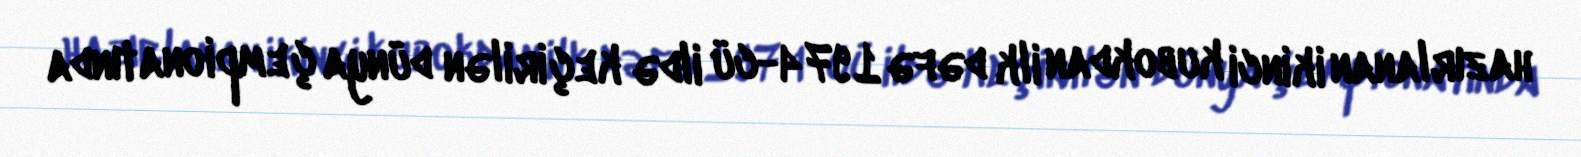
hazırlanan ikinci kubokdan ilk dəfə 1974-cü ildə keçirilən dünya çempionatında